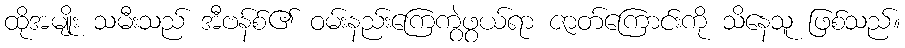
ထိုအမျိုး သမီးသည် အီဗန်စ်၏ ဝမ်းနည်းကြေကွဲဖွယ်ရာ ဇာတ်ကြောင်းကို သိနေသူ ဖြစ်သည်။